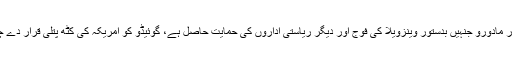
لیکن صدر مادورو جنہیں بدستور وینزویلا کی فوج اور دیگر ریاستی اداروں کی حمایت حاصل ہے، گوئیڈو کو امریکہ کی کٹھ پتلی قرار دے چکے ہیں۔